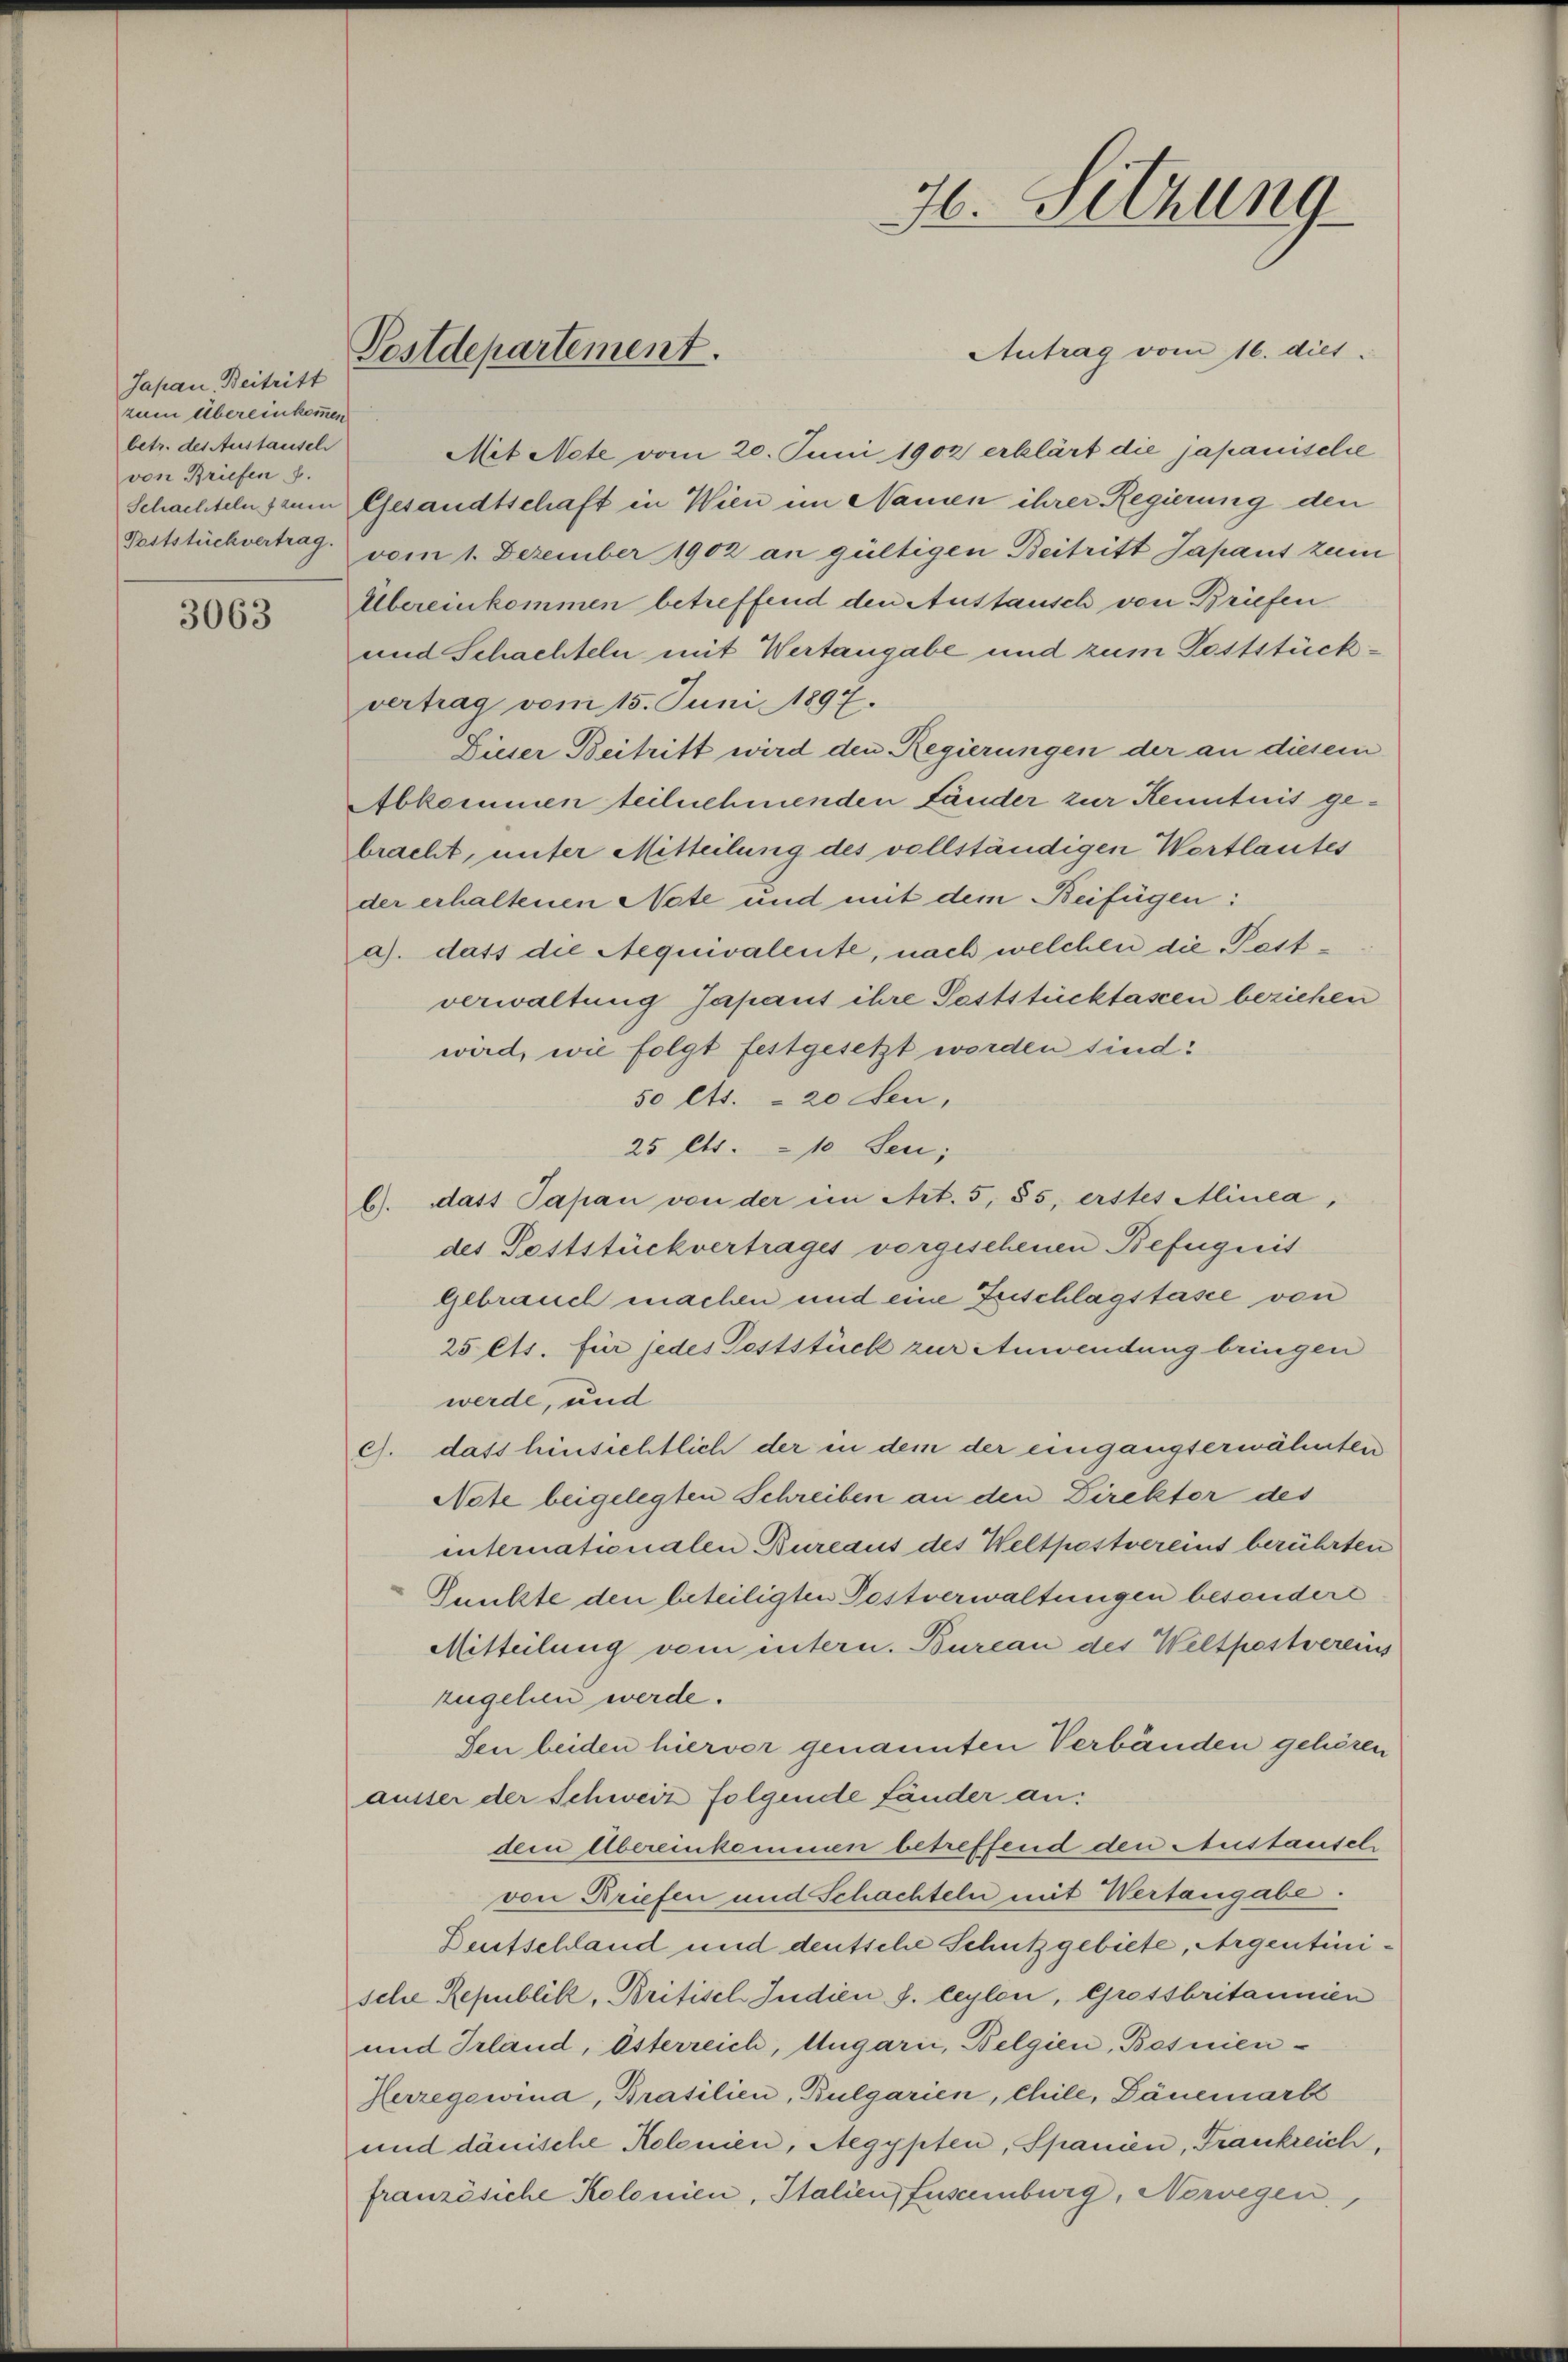
Japan Beitritt
zum Übereinkommen
betr. des Austausch
von Briefen S.
Poststückvertrag.

3063

Postdepartement.

Antrag vom 16. dies
Mit Acte vom 20. Juni 1902 erklärt die japanisclie
Schachteln zum Gesandtschaft in Wien im Namen ihrer Regierung den
vom 1. Dezember 1902 an gültigen Beitritt Japant zum
Übereinkommen betreffend den Austausch von Briefen
und Schachteln mit Wertangabe und zum Feststückvertrag vom 15. Juni 1897.
Dieser Beitritt wird den Regierungen der an diesem
Abkommen teilnehmenden Länder zur Kenntnis gebracht, unter Mitteilung des vollständigen Wortlautes
der erhaltenen Note und mit dem Beifügen:
a). dass die Aequivalente, nach welchen die Pestverwaltung Japant ihre Poststücktassen beziehen
wird, wie folgt festgesetzt worden sind:
50 Cts. - 20 Seu,
25 Cts. 10 Sen;
b). dass Papan von der im Art. 5, 85, erstes Minea,
des Poststückvertrages vorgesehenen Befugnis
Gebrauch machen und eine Zuschlagstasie von
25 Cts. für jedes Feststück zur Anwendung bringen
werde, und
c. dass hinsichtlich der in dem der eingangserwähnten
Note beigelegten Schreiben an den Direkter des
internationalen Bureaus des Weltpostvereins berührten
Punkte den beteiligten Postverwaltungen besondert
Mitteilung vom intern. Bureau des Weltpestvereins
zugehen werde.
sen beiden hiervor genannten Verbänden gehören
ausser der Schweiz folgende Länder an:
dem Übereinkommen betreffend den Anstanseh
von Briefen und Schachteln mit Wertangabe.
Deutschland und deutsche Schutzgebiete, Argentinische Republik, Britisch Indien d. leylon, Grossbritannien
und Irland, Österreich, Ungarii, Belgien, Bosnien¬
Herzegowina, Brasilien, Bulgarien, Chile, Dänemarkt
und dänische Kolonien, Aegypten, Spanien, Frankreich,
französiche Kolonien, Italien, fuscmburg, Norwegen,

H. Sitzung